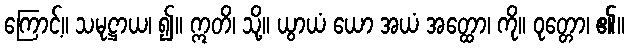
ကြောင့်။ သမုဋ္ဌာယ၊ ၍။ ဣတိ၊ သို့။ ယွာယံ ယော အယံ အတ္ထော၊ ကို။ ဝုတ္တော၊ ၏။